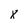
Character: 8